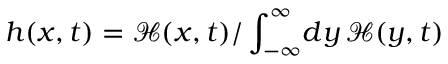
h ( x , t ) = \mathcal { H } ( x , t ) / \int _ { - \infty } ^ { \infty } \! d y \, \mathcal { H } ( y , t )